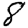
Digit: 8